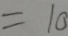
= 1 0